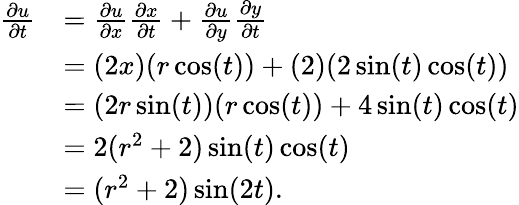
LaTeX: {\begin{array}{rl}{{\frac{\partial u}{\partial t}}}&{={\frac{\partial u}{\partial x}}{\frac{\partial x}{\partial t}}+{\frac{\partial u}{\partial y}}{\frac{\partial y}{\partial t}}}\\ &{=(2x)(r\cos(t))+(2)(2\sin(t)\cos(t))}\\ &{=(2r\sin(t))(r\cos(t))+4\sin(t)\cos(t)}\\ &{=2(r^{2}+2)\sin(t)\cos(t)}\\ &{=(r^{2}+2)\sin(2t).}\end{array}}